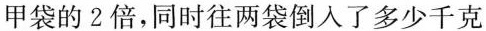
甲袋的 2 倍，同时往两袋倒入了多少千克